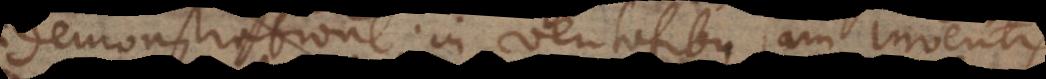
demonstratione, in veritatibus jam inventis